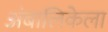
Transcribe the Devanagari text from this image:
अंबालिकेला